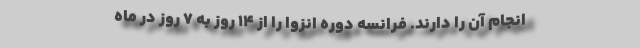
انجام آن را دارند. فرانسه دوره انزوا را از ۱۴ روز به ۷ روز در ماه